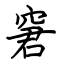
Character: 窘